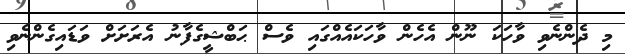
މި ދެންނެވި ވާހަކަ ނޫން އެހެން ވާހަކައެއްގައި ވެސް ޙަބްޝީގެފާނު އެރަށަށް ވަޑައިގެންނެވި